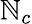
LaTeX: \mathbb{N}_{c}